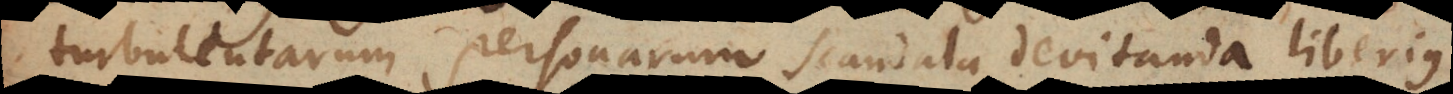
turbulentarum personarum scandala devitanda liberius